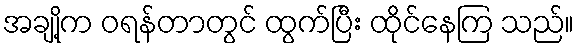
အချို့က ဝရန်တာတွင် ထွက်ပြီး ထိုင်နေကြ သည်။